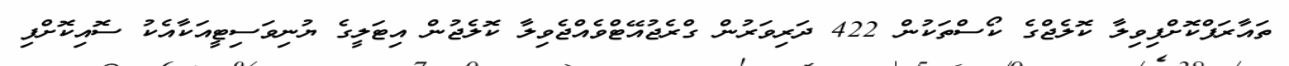
ތައާރަފްކޮށްފިވިލާ ކޮލެޖްގެ ކޯސްތަކުން 422 ދަރިވަރުން ގްރެޖުއޭޓްވެއްޖެވިލާ ކޮލެޖުން އިޓަލީގެ ޔުނިވަސިޓީއަކާއެކު ސޮއިކޮށްފި